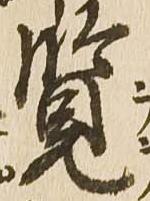
覧